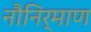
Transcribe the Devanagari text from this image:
नौनिर्माण